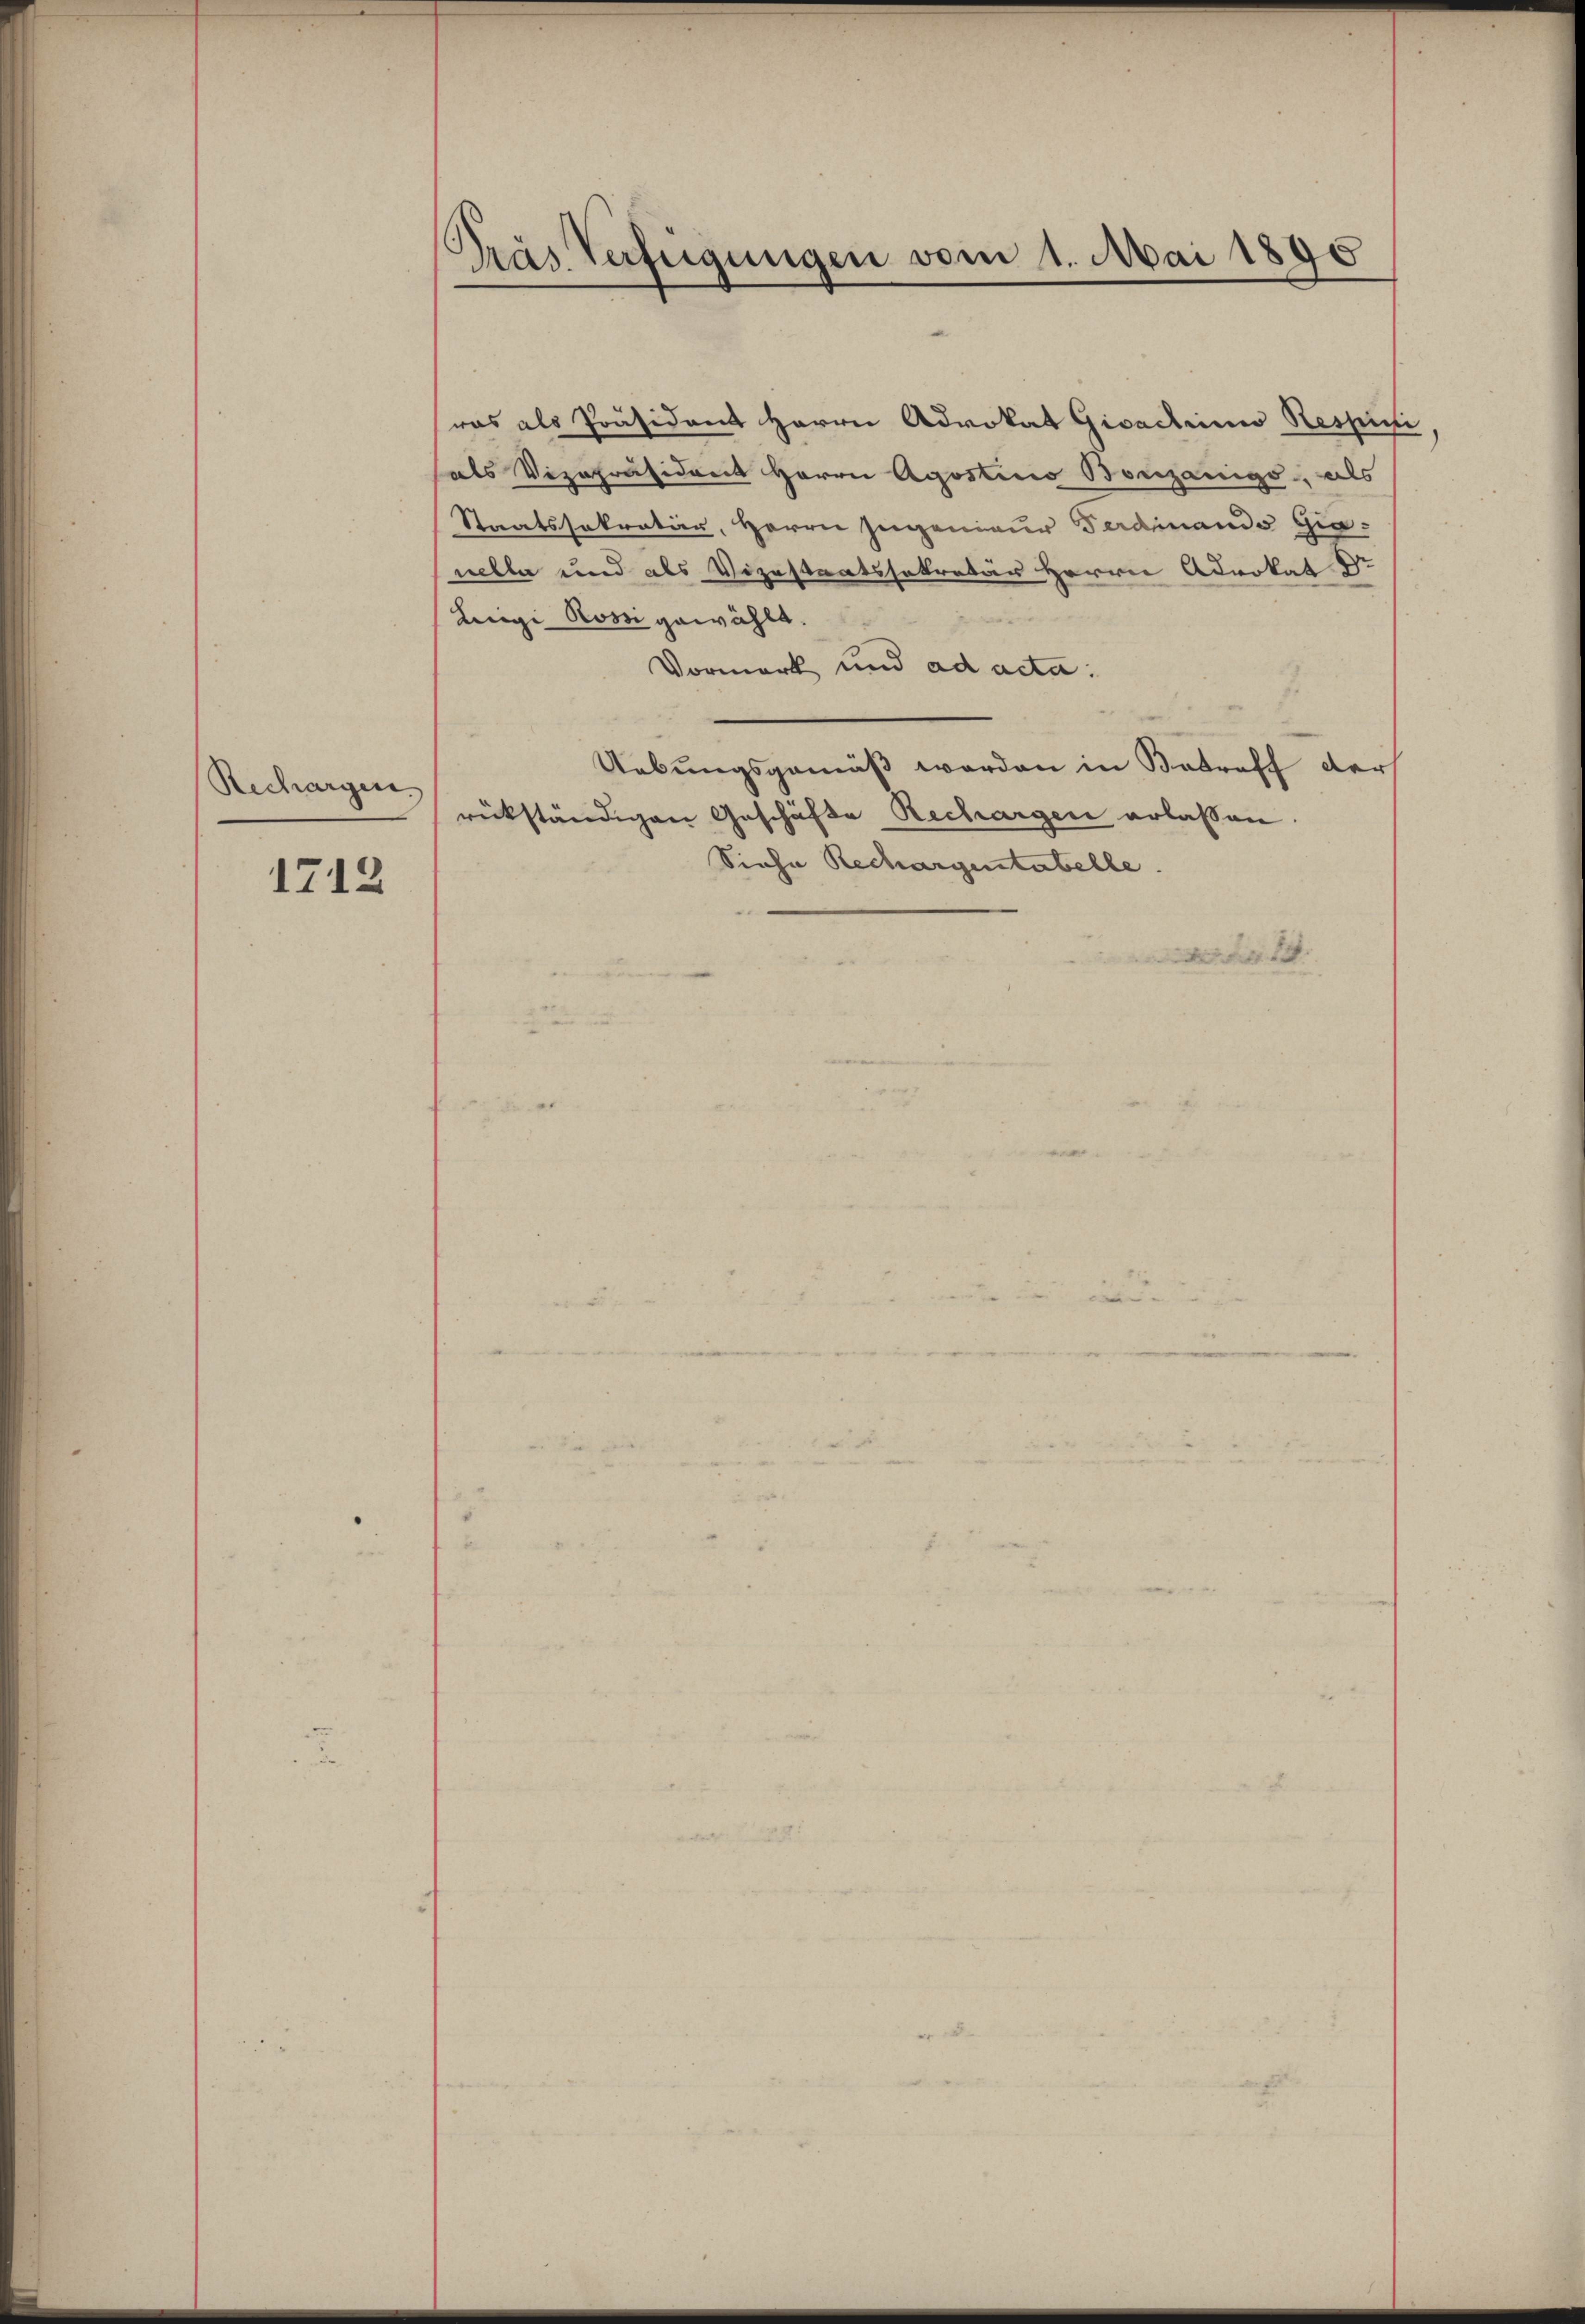
Rechargen

1712

Pras Verfügungen vom 1. Mai 1890

was als Präsident Herrn Advokat Gicachen Respili.
als Vizepräsident Herrn Agostino Bonzänigs, als
Staatssekretär, Herrn Ingenieur Ferdinande Gianelle und als Vizestaatssekretär Herrn Advokat Dr
Luigi Rossi gewählt.
Vormerk und ad acta:
Uebungsgemäß werden in Betreff der
rückständigen Geschäfte Rechargen erlassen
Siehe Rechargentabelle.
F 1